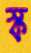
স্ক